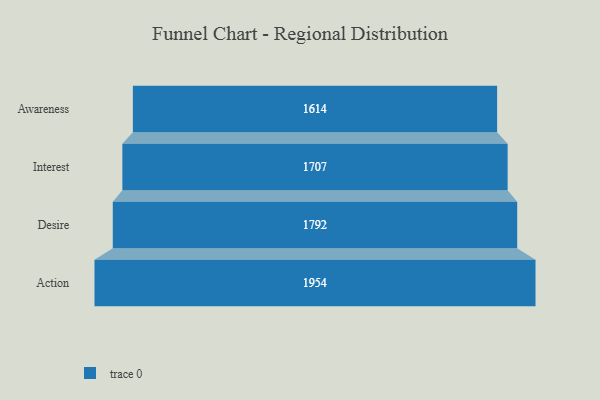
{"axis": {"x": "Stage", "y": "Value"}, "legend": [""], "data": [{"x": "Awareness", "y": 1614.0, "type": ""}, {"x": "Interest", "y": 1707.0, "type": ""}, {"x": "Desire", "y": 1792.0, "type": ""}, {"x": "Action", "y": 1954.0, "type": ""}]}